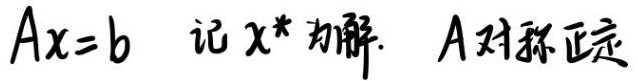
$Ax = b \quad 记x^*为解. \quad A对称正定$